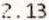
2.13